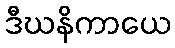
ဒီဃနိကာယေ